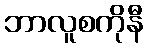
ဘာလူစကိုနီ